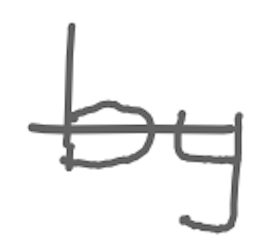
Text: by
Cross-out: single-line
Writing tool: digital_gray